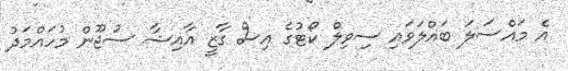
އެ މައްސަލަ ބައްލަވައި ސިވިލް ކޯޓުގެ އިސް ގާޒީ އާއިޝާ ސުޖޫން މުހައްމަދު